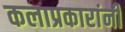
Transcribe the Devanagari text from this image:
कलाप्रकारांनी